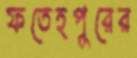
ফতেহপুরের